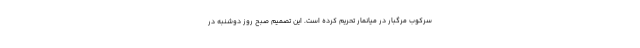
سرکوب مرگبار در میانمار تحریم کرده است. این تصمیم صبح روز دوشنبه در